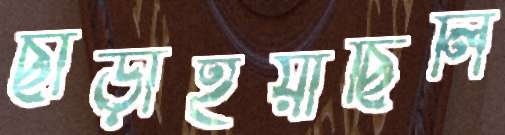
ছাড়াইয়াছিলি